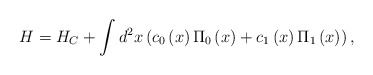
\begin{align*}H = H_C + \int {d^2 } x\left( {c_0 \left( x \right)\Pi _0 \left(x \right) + c_1 \left( x \right)\Pi _1 \left( x \right)} \right) ,\end{align*}